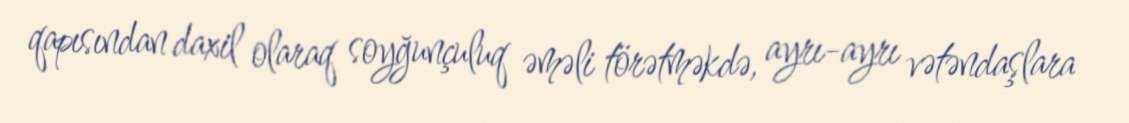
qapısından daxil olaraq soyğunçuluq əməli törətməkdə, ayrı-ayrı vətəndaşlara